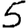
Digit: 5